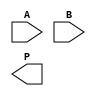
module wallace_tree_multiplier #(parameter N = 4) (
    input [N-1:0] A, // First operand
    input [N-1:0] B, // Second operand
    output [2*N-1:0] P // Product output
);
    
    // Generate partial products
    wire [N-1:0] pp [0:N-1]; // Partial products
    genvar i, j;
    generate
        for (i = 0; i < N; i = i + 1) begin: gen_pp
            for (j = 0; j < N; j = j + 1) begin: and_gen
                assign pp[i][j] = A[i] & B[j]; // AND operation
            end
        end
    endgenerate

    // Stage 1: Reduction tree using half-adders and full-adders
    wire [N:0] stage1_sum [0:N-1];
    wire [N:0] stage1_carry [0:N-1];
    
    // First stage: Combine partial products using HAs and FAs
    generate
        for (i = 0; i < N; i = i + 1) begin: stage1
            if (i == 0) begin
                // First column: Only carry out from the first partial product
                assign stage1_sum[i] = {1'b0, pp[i][0]};
                assign stage1_carry[i] = 1'b0;
            end else begin
                // Half-adder for first two bits
                assign stage1_sum[i] = pp[i][0] ^ pp[i-1][1];
                assign stage1_carry[i] = pp[i][0] & pp[i-1][1];
            end
            
            // Full-adders for the rest of the bits
            for (j = 1; j < N; j = j + 1) begin: full_adders
                wire fa_sum, fa_carry;
                wire a = pp[i][j] ^ stage1_carry[i-1];
                wire b = pp[i-1][j+1];
                assign {fa_carry, fa_sum} = a + b + stage1_sum[i-1][j];
                assign stage1_sum[i][j+1] = fa_sum;
                assign stage1_carry[i][j+1] = fa_carry;
            end
        end
    endgenerate

    // Stage 2: Further reduce using similar logic
    wire [N:0] stage2_sum [0:N/2];
    wire [N:0] stage2_carry [0:N/2];
    generate
        for (i = 0; i < N/2; i = i + 1) begin: stage2
            // Combine the results from the first stage
            wire fa_sum, fa_carry;
            assign {fa_carry, fa_sum} = stage1_sum[2*i] + stage1_sum[2*i+1] + stage1_carry[2*i];
            assign stage2_sum[i] = fa_sum;
            assign stage2_carry[i] = fa_carry;
        end
    endgenerate

    // Final addition to produce the product
    wire [2*N-1:0] final_sum;
    wire final_carry;

    assign {final_carry, final_sum} = stage2_sum[0] + stage2_sum[1] + stage2_carry[0];

    assign P = final_sum + final_carry;

endmodule